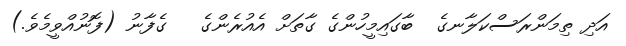
އަދި ތިމަންރަސްކަލާނގެ  ބާގައިމީހުންގެ ގާތަށް އެއުރެންގެ   ގެފާނު (ފޮނުއްވީމެވެ.)